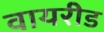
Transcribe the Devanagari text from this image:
वायरीड